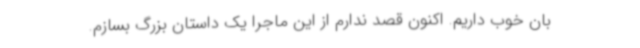
بان خوب داریم. اکنون قصد ندارم از این ماجرا یک داستان بزرگ بسازم.